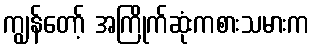
ကျွန်တော့် အကြိုက်ဆုံးကစားသမားက